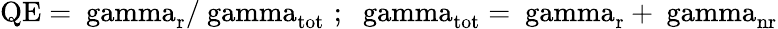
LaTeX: \mathrm{{QE}=\ gamma_{\mathrm{r}}/\ gamma_{\mathrm{tot}}\, \, ;\, \, \ gamma_{\mathrm{tot}}=\ gamma_{\mathrm{r}}+\ gamma_{\mathrm{nr}}}